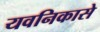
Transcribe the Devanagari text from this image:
यवनिकासे